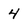
Character: 4